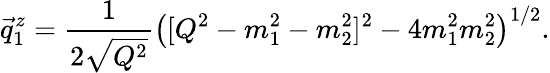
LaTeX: \vec{q}_{1}^{z}=\frac{1}{2\sqrt{Q^{2}}}\left([Q^{2}-m_{1}^{2}-m_{2}^{2}]^{2}-4m_{1}^{2}m_{2}^{2}\right)^{1/2}.